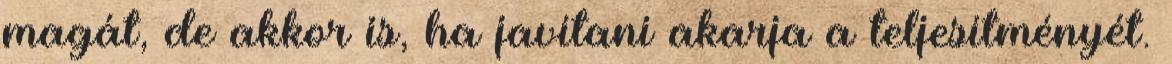
magát, de akkor is, ha javítani akarja a teljesítményét.